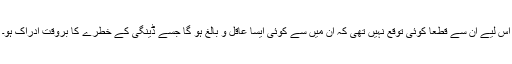
اس لیے ان سے قطعاً کوئی توقع نہیں تھی کہ ان میں سے کوئی ایسا عاقل و بالغ ہو گا جسے ڈینگی کے خطرے کا بروقت ادراک ہو۔